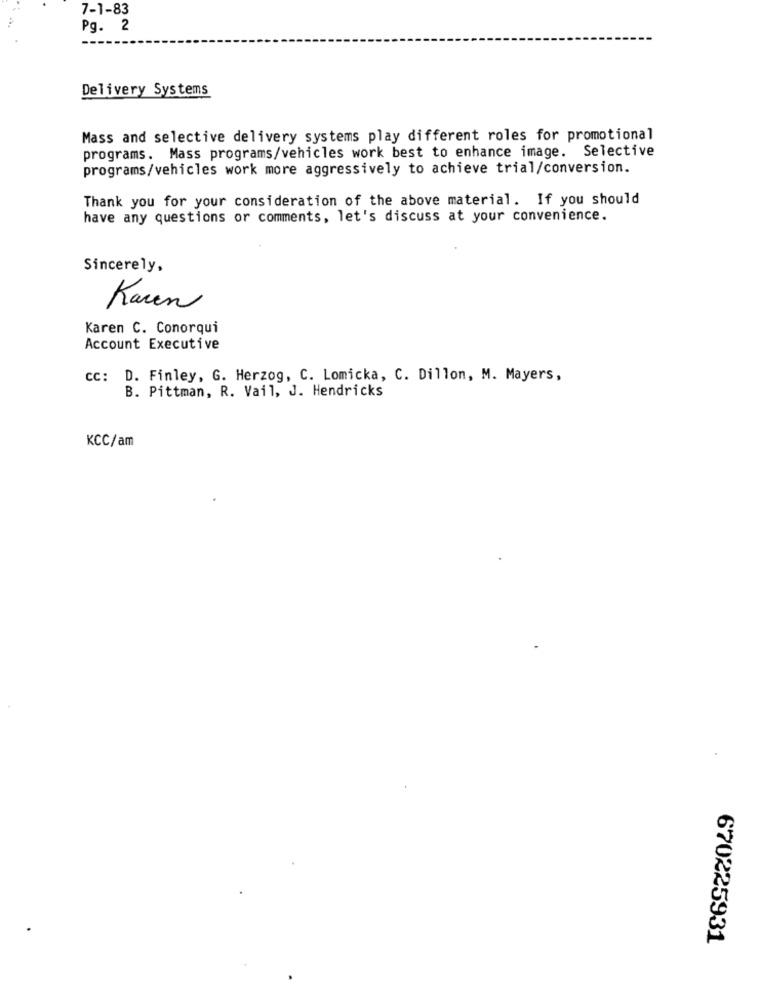
7-1-83
Pg. 2
Delivery Systems
Mass and selective delivery systems play different roles for promotional
programs. Mass programs/vehicles work best to enhance image. Selective
programs/vehicles work more aggressively to achieve trial/conversion.
Thank you for your consideration of the above material. If you should
have any questions or comments, let's discuss at your convenience.
Sincerely,
Karen
Karen C. Conorqui
Account Executive
cc: D. Finley, G. Herzog, C. Lomicka, C. Dillon, M. Mayers,
B. Pittman, R. Vail, J. Hendricks
KCC/am
670225931